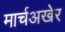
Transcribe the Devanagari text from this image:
मार्चअखेर